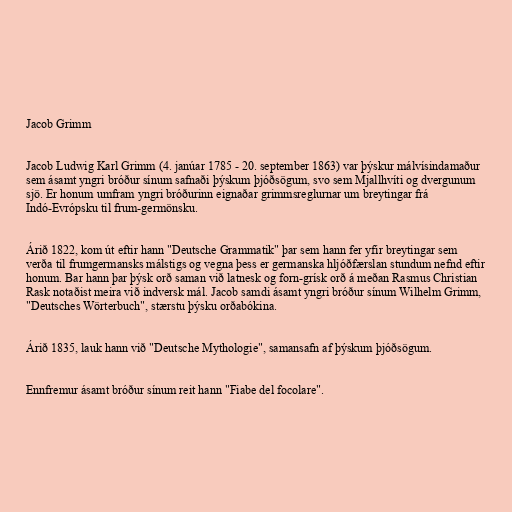
Jacob Grimm

Jacob Ludwig Karl Grimm (4. janúar 1785 - 20. september 1863) var þýskur málvísindamaður
sem ásamt yngri bróður sínum safnaði þýskum þjóðsögum, svo sem Mjallhvíti og dvergunum
sjö. Er honum umfram yngri bróðurinn eignaðar grimmsreglurnar um breytingar frá
Indó-Evrópsku til frum-germönsku.

Árið 1822, kom út eftir hann "Deutsche Grammatik" þar sem hann fer yfir breytingar sem
verða til frumgermansks málstigs og vegna þess er germanska hljóðfærslan stundum nefnd eftir
honum. Bar hann þar þýsk orð saman við latnesk og forn-grísk orð á meðan Rasmus Christian
Rask notaðist meira við indversk mál. Jacob samdi ásamt yngri bróður sínum Wilhelm Grimm,
"Deutsches Wörterbuch", stærstu þýsku orðabókina.

Árið 1835, lauk hann við "Deutsche Mythologie", samansafn af þýskum þjóðsögum.

Ennfremur ásamt bróður sínum reit hann "Fiabe del focolare".